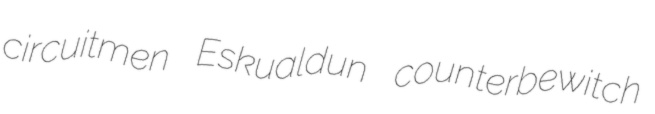
circuitmen Eskualdun counterbewitch